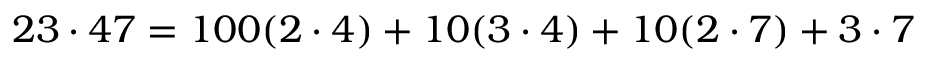
2 3 \cdot 4 7 = 1 0 0 ( 2 \cdot 4 ) + 1 0 ( 3 \cdot 4 ) + 1 0 ( 2 \cdot 7 ) + 3 \cdot 7